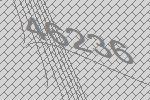
46236